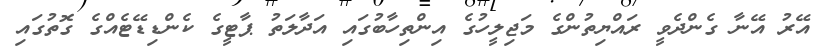
އޭރު އޭނާ ގެންދެވީ ރައްޔިތުންގެ މަޖިލީހުގެ އިންތިހާބުގައި އަދާލަތު ޕާޓީގެ ކެންޑިޑޭޓެއްގެ ގޮތުގައި